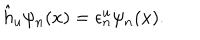
\hat { h } _ { u } \psi _ { n } ( x ) = \epsilon _ { n } ^ { u } \psi _ { n } ( x ) .